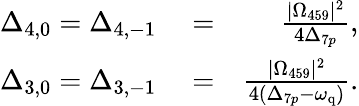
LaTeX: \begin{array}{rlr}{\Delta_{4,0}=\Delta_{4,-1}}&{{}=}&{\frac{|\Omega_{459}|^{2}}{4\Delta_{7p}},}\\ {\Delta_{3,0}=\Delta_{3,-1}}&{{}=}&{\frac{|\Omega_{459}|^{2}}{4(\Delta_{7p}-\omega_{\mathrm{q}})}.}\end{array}